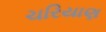
ચરિયાણ